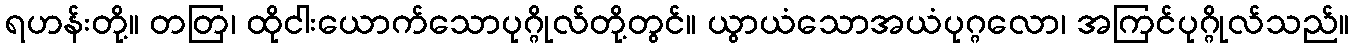
ရဟန်းတို့။ တတြ၊ ထိုငါးယောက်သောပုဂ္ဂိုလ်တို့တွင်။ ယွာယံသောအယံပုဂ္ဂလော၊ အကြင်ပုဂ္ဂိုလ်သည်။